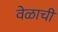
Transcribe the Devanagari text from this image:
वेळाची